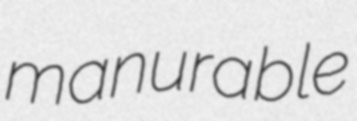
manurable